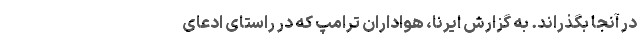
در آنجا بگذراند. به گزارش ایرنا، هواداران ترامپ که در راستای ادعای